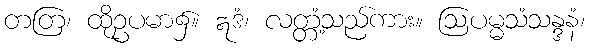
တတြ၊ ထိုဥပမာ၌။ ဣဒံ၊ လတ္တံ့သည်ကား။ ဩပမ္မသံသန္ဒနံ၊